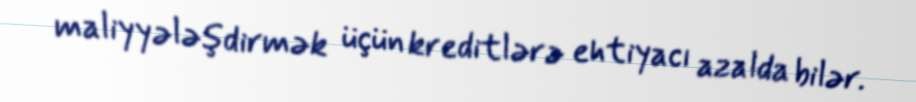
maliyyələşdirmək üçün kreditlərə ehtiyacı azalda bilər.